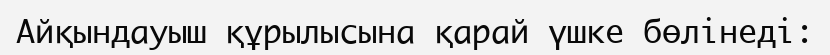
Айқындауыш құрылысына қарай үшке бөлінеді: